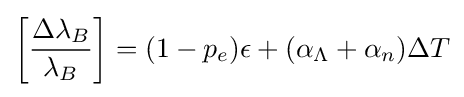
\left[{\frac {\Delta \lambda _{B}}{\lambda _{B}}}\right]=(1-p_{e})\epsilon +(\alpha _{\Lambda }+\alpha _{n})\Delta T